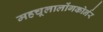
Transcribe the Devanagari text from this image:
महचूलालोंगकोर्नर